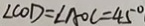
\angle C O D = \angle A O C = 4 5 ^ { \circ }